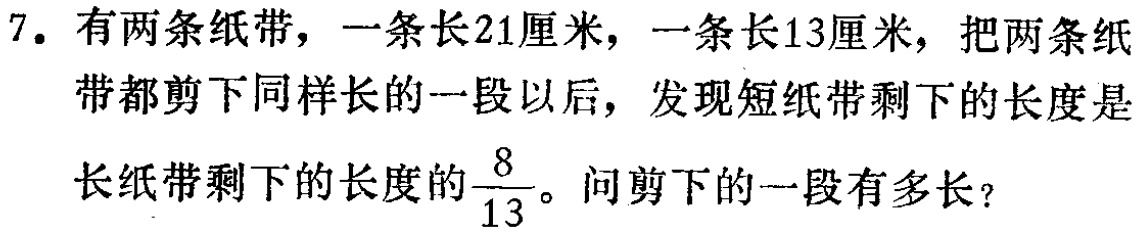
7. 有两条纸带，一条长21厘米，一条长13厘米，把两条纸带都剪下同样长的一段以后，发现短纸带剩下的长度是长纸带剩下的长度的$\frac{8}{13}$。问剪下的一段有多长？